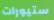
ستيورات